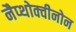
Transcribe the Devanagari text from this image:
नैप्थोक्वीनोन